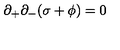
\partial _ { + } \partial _ { - } ( \sigma + \phi ) = 0